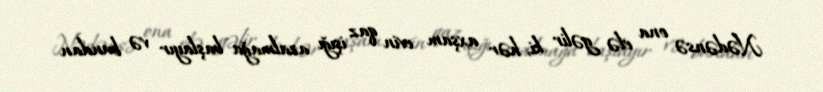
Nədənsə ona elə gəlir ki, hər axşam evin qaz işığı azalmağa başlayır və bundan